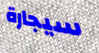
سيجارة